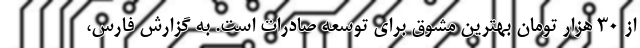
از ۳۰ هزار تومان بهترین مشوق برای توسعه صادرات است. به گزارش فارس،